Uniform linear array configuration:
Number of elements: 24
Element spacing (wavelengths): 1
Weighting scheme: binomial
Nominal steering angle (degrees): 60
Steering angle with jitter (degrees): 61.203
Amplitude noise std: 0.05
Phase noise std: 0.05

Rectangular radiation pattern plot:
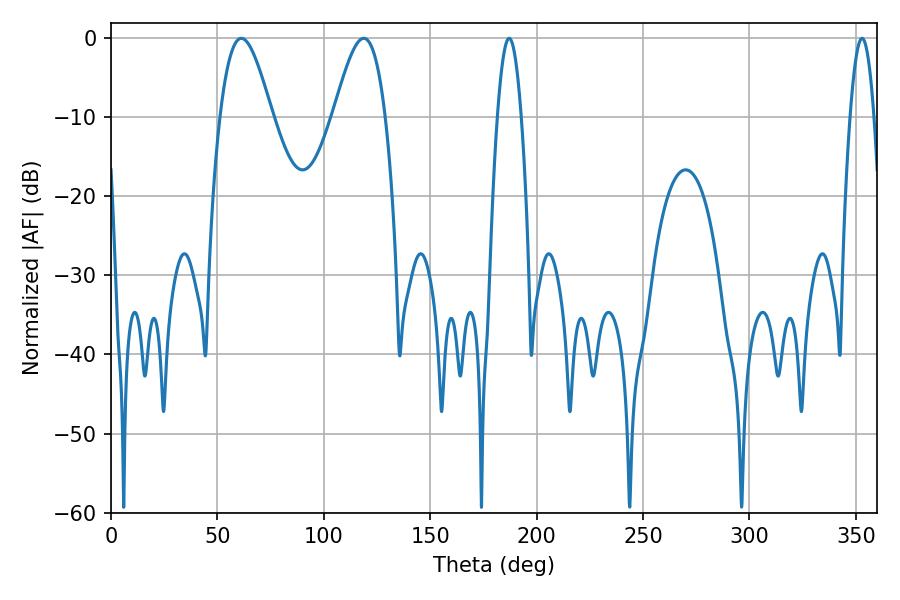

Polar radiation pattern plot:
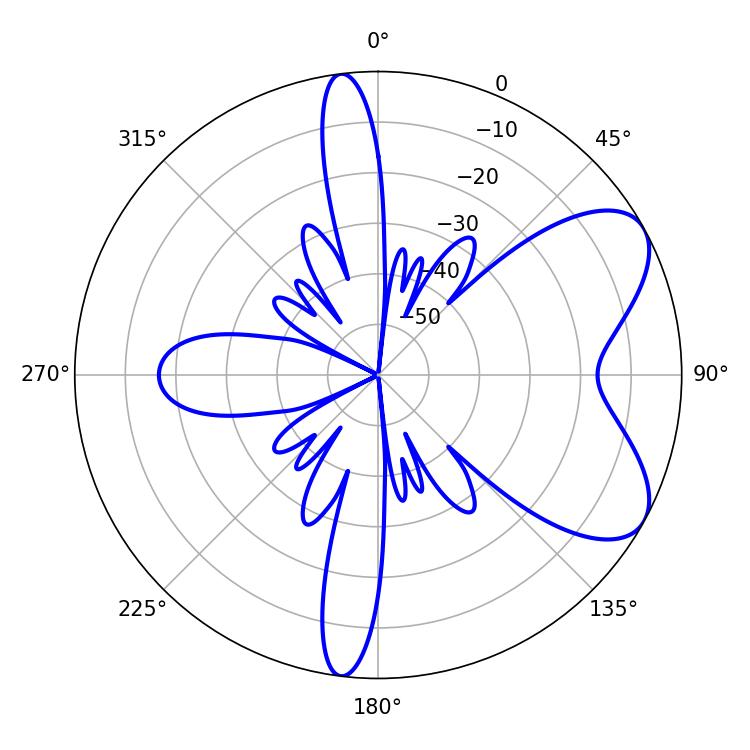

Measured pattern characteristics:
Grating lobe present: TRUE
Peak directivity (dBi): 6.801
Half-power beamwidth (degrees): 12.96
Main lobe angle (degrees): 61.2